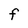
Character: F